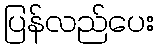
ပြန်လည်ပေး